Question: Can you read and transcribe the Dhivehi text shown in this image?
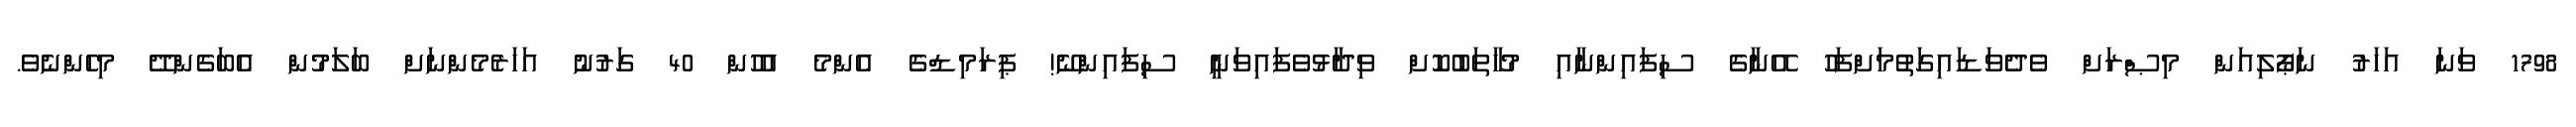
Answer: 1798 ވަނަ އަހަރު ނަޕޯލިއަން މިޞްރަށް ވެދެވަޑައިގަތުމަށްފަހު އޭނާގެ ސިފައިންނާއި މުޚާތަބުކޮށް ވިދާޅުވެފައިވަނީ ސިފައިންނޭ! ޕިރަމިޑްގެ އެންމެ އުހުން 40 ގަރުނު އަހަރެމެންނަށް ބަލަމުން އެބަގެންދޭ މިހެންނެވެ.